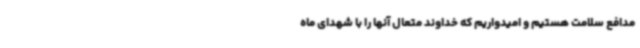
مدافع سلامت هستیم و امیدواریم که خداوند متعال آنها را با شهدای ماه